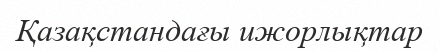
Қазақстандағы ижорлықтар